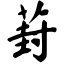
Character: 葑